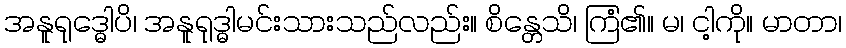
အနူရုဒ္ဓေါပိ၊ အနူရုဒ္ဓါမင်းသားသည်လည်း။ စိန္တေသိ၊ ကြံ၏။ မ၊ ငါ့ကို။ မာတာ၊